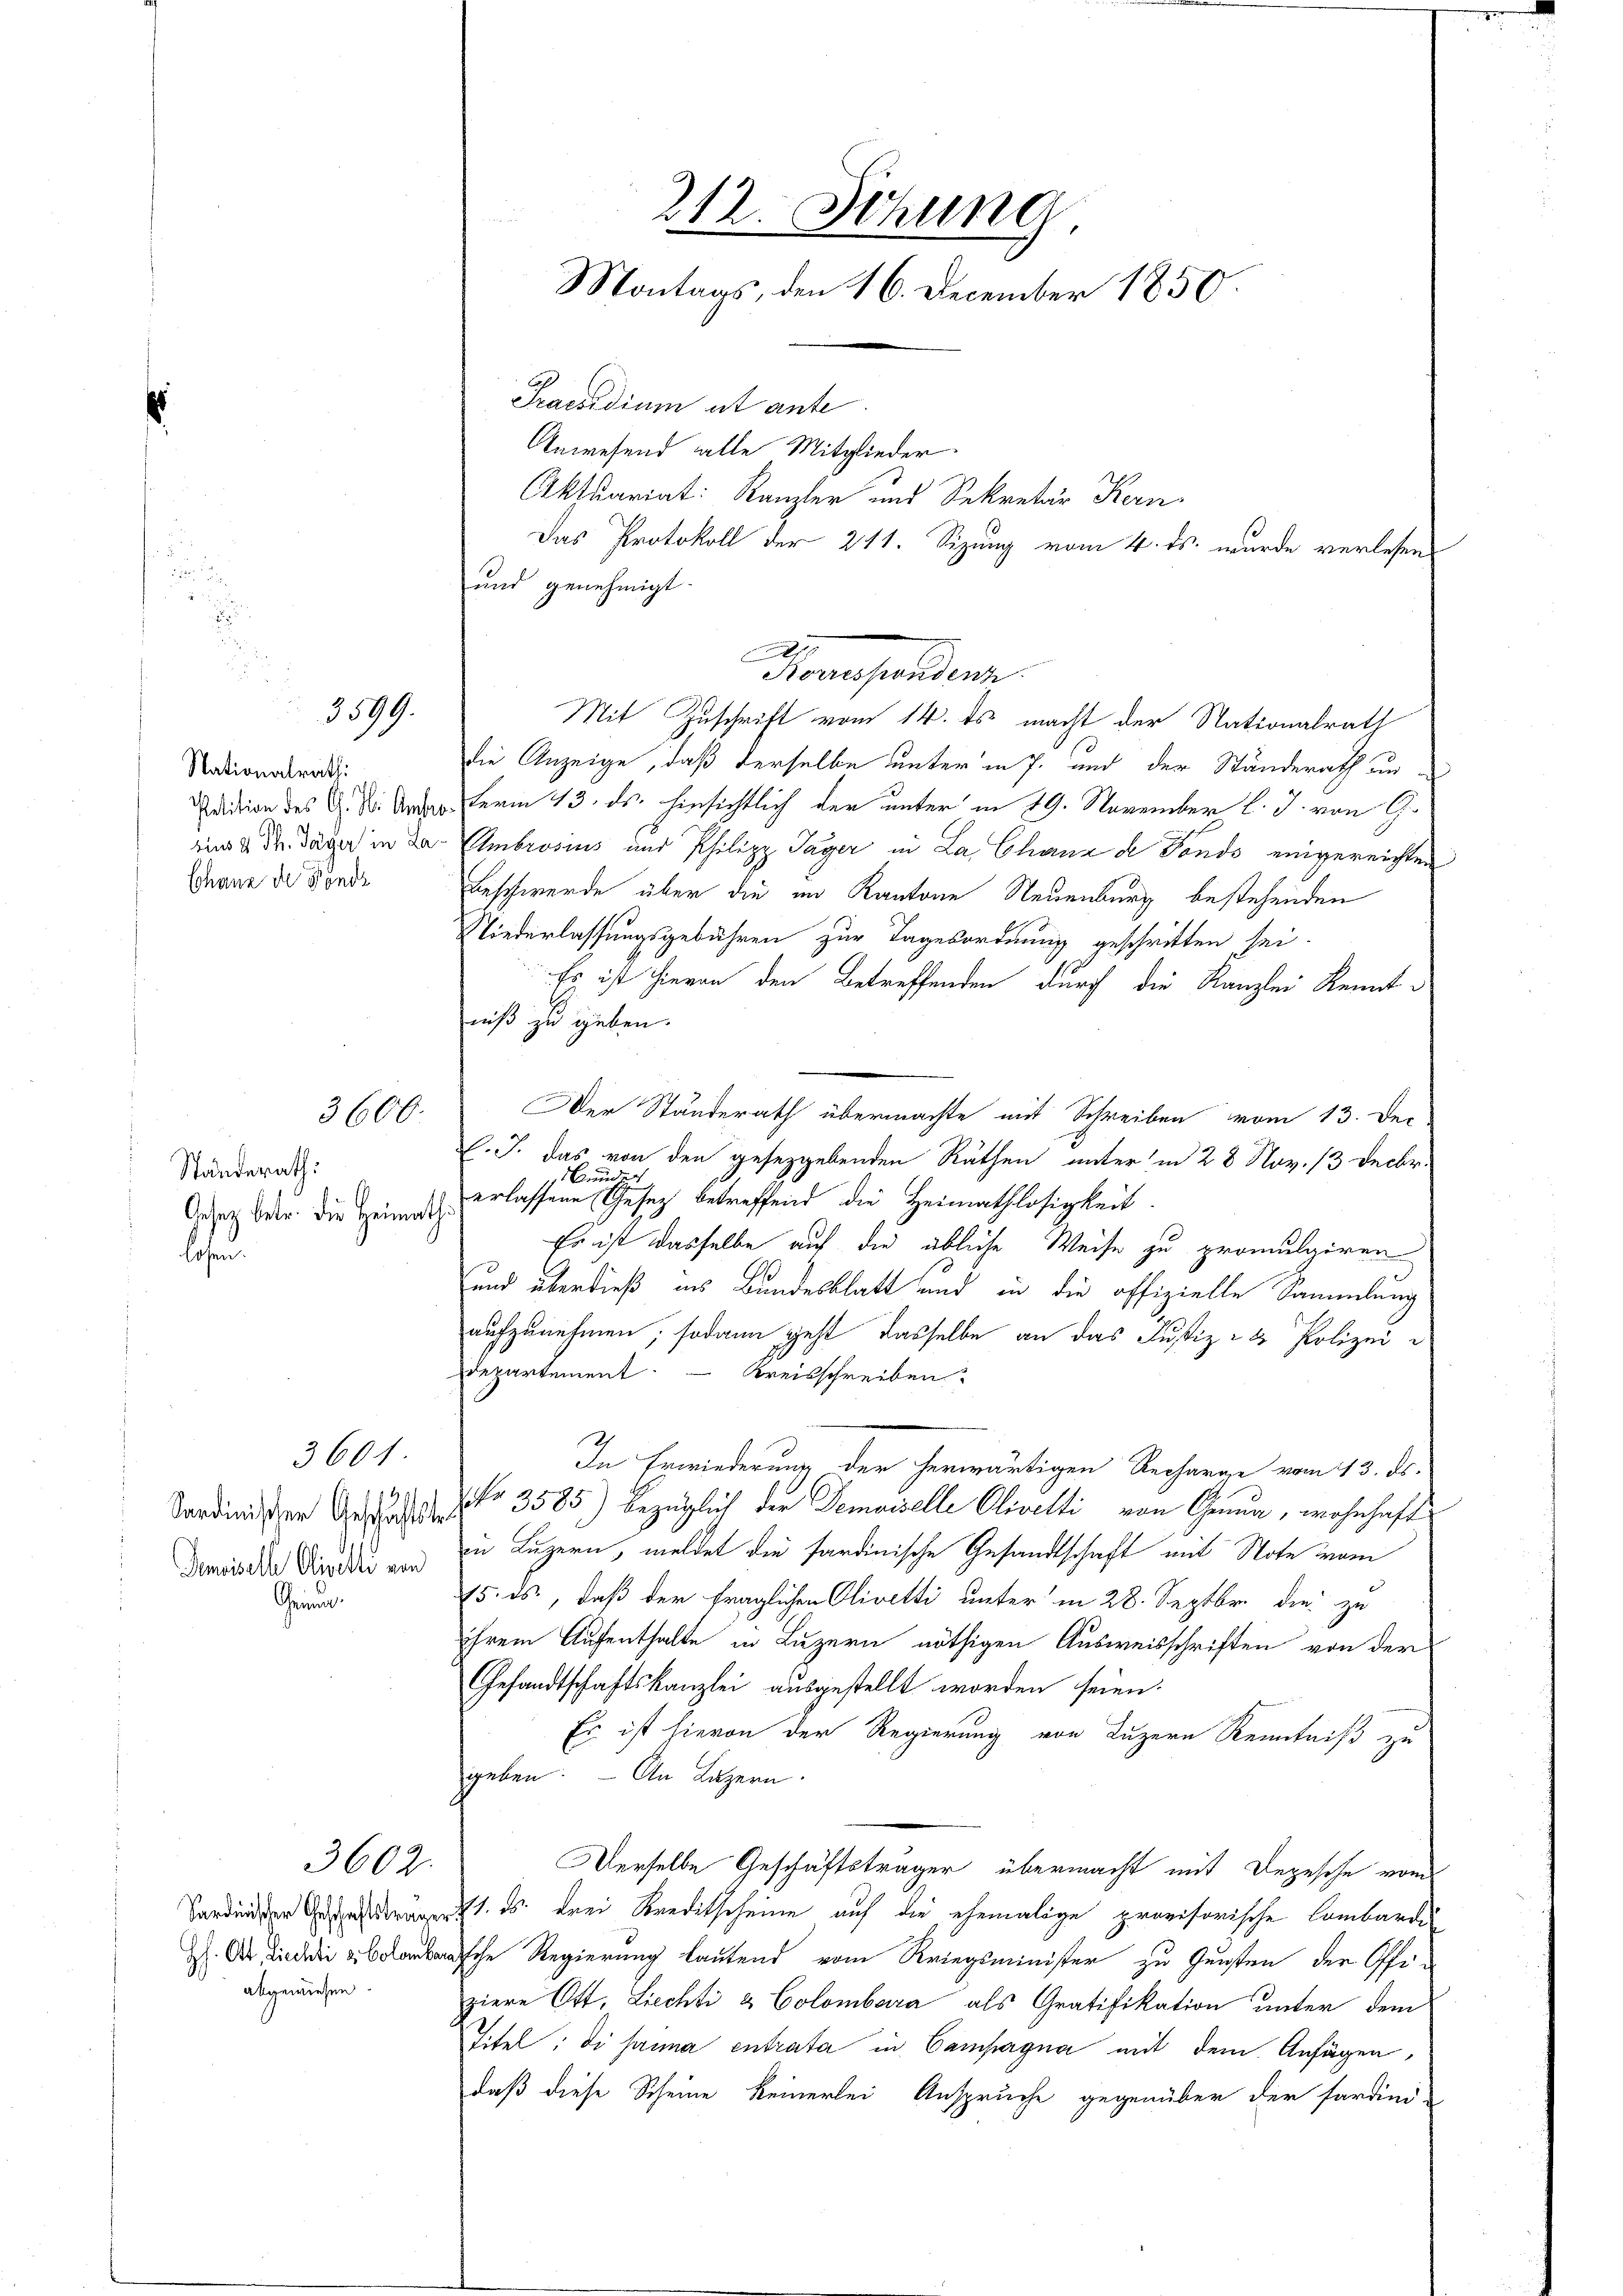
Nationalrath:
Petition des G. H. Amber
sius 2 Th. Täger in La
Chane de Fonds

3599.

3600.

Ständerath:
Gesetz betr. die Heimat
losen.

Sardinischen Geschäftste
Jemoiselle Olivelle von
Geint.

3601

Sardinischer Geschäftstrage
GH. Ott, Liechti & Colomber
abgewiesen.

3602.

212. Sitzung
Montags, den 16. December 1850

Praesidium et ante
und genehmigt.
Mit Zuschrift vom 14. ds. macht der Nationalrath
die Anzeige, daß derselbe unter in 7. und der Ständerath un
Ferm 13. ds. hinsichtlich der unter in 19. November l. J. von G.
Ambrosius und Philipp Tayer in La Chanz de Fonds eingereichten
Beschwerde über die im Kantone Neuenburg bestehenden
Niederlassungsgebühren zur Tagesordnung geschritten sei.
Es ist hievon den Betreffenden durch die Kanzlei Kenntniß zu geben.
Der Ständerath übermachte mit Schreiben vom 13. De-
C. J. das von den gesetzgebenden Räthen unter in 28 Nov. 13 Decbr.
Brud
erlassene Gesetz betreffend die Heimathlosigkeit
Es ist dasselbe auf die übliche Weise zu promulgiren
und überdieß aus Bundesblatt und in die offizielle Sammlung
aufzunehmen; sodann geht dasselbe an das Justiz- & Polizeidepartement. – Kreisschreiben
In Erwiederung der herwärtigen Recharge vom 13. ds.
No 3585) bezüglich der Demoiselle Olivelti von Genua, wohnhaft
in Luzern, meldet die sardinische Gesandtschaft mit Note vom
15. ds., daß der fraglichen Olivetti unter in 28. Septbr. die zu
ihrem Aufenthalte in Luzern nöthigen Ausweisschriften von der
Gesandtschaftskanzlei ausgestellt worden seien.
Es ist hievon der Regierung von Luzern Kenntniß zu
geben. — An Luzern.
Derselbe Geschäftsträger übermacht mit Depesche vom
11. ds. drei Kreditscheine auf die ehemalige provisorische Lombardi
ische Regierung lautend vom Kriegsminister zu Gunsten der Offi-
ziere Ott, Liechti & Colombara als Gratifikation unter dem
Titel: di prima entrata in Campagna mit dem Anfügen,
daß diese Scheine keinerlei Anspruche gegenüber der fardini-

Aorrespondenz

Anwesend alle Mitglieder
Aktuariat: Kanzler und Sekretär Kern
Das Protokoll der 211. Sizung vom 4. ds. wurde verlesen